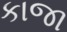
કાજા